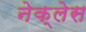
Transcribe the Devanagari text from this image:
नेक्लेस